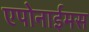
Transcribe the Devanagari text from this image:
एपोनाईमस